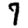
Digit: 7